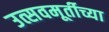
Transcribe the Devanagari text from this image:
उत्सवमूर्तीच्या